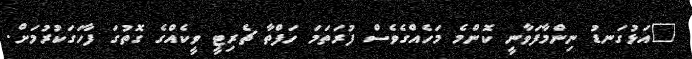
"އަޅުގަނޑު ނިންމާފަވާނީ ކޮންމެ މަހެއްގެވެސް ފުރަތަމަ ހަފްތާ ޗެރިޓީ ވީކެއްގެ ގޮތުގަ ފާހަގަކުރުމަށް.